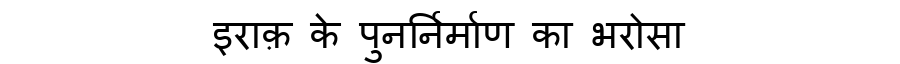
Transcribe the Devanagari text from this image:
इराक़ के पुनर्निर्माण का भरोसा